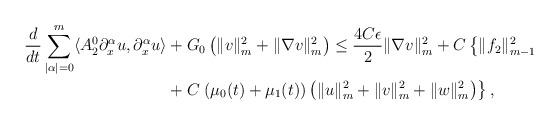
LaTeX: \begin{align*}\frac{d}{dt}\sum_{|\alpha|=0}^{m}\langle A_{2}^{0}\partial_{x}^{\alpha}u,\partial_{x}^{\alpha}u\rangle&+G_{0}\left(\|v\|_{m}^{2}+\|\nabla v\|_{m}^{2}\right)\leq\frac{4C\epsilon}{2}\|\nabla v\|_{m}^{2}+C\left\lbrace\|f_{2}\|_{m-1}^{2}\right.\\&+C\left.(\mu_{0}(t)+\mu_{1}(t))\left(\|u\|_{m}^{2}+\|v\|_{m}^{2}+\|w\|_{m}^{2}\right)\right\rbrace,\end{align*}